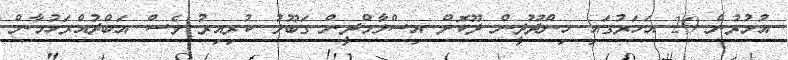
އުމުރުން 20 އަހަރުގައި ހިންދޫދީން ދޫކޮށް އިސްލާމްދީން ގަބޫލު ކުރިއިރު ވެސް އަބްދުއްރަހުމާން